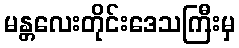
မန္တလေးတိုင်းဒေသကြီးမှ